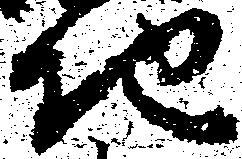
地